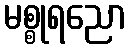
မစ္စုရညော